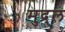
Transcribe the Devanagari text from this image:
मुद्र्ल